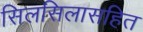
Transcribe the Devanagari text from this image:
सिलसिलासहित